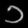
Digit: ၁